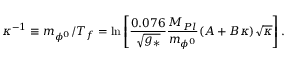
\kappa ^ { - 1 } \equiv m _ { \phi ^ { 0 } } / T _ { f } = \ln \left[ { \frac { 0 . 0 7 6 } { \sqrt { g _ { * } } } } { \frac { M _ { P l } } { m _ { \phi ^ { 0 } } } } ( A + B \kappa ) \sqrt { \kappa } \right] .